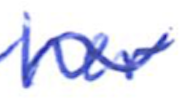
Text: her
Cross-out: wave
Writing tool: ballpoint